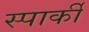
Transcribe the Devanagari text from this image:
स्पार्की